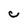
Character: C